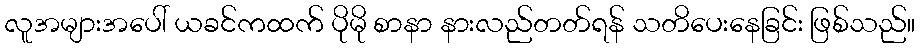
လူအများအပေါ် ယခင်ကထက် ပိုမို စာနာ နားလည်တတ်ရန် သတိပေးနေခြင်း ဖြစ်သည်။